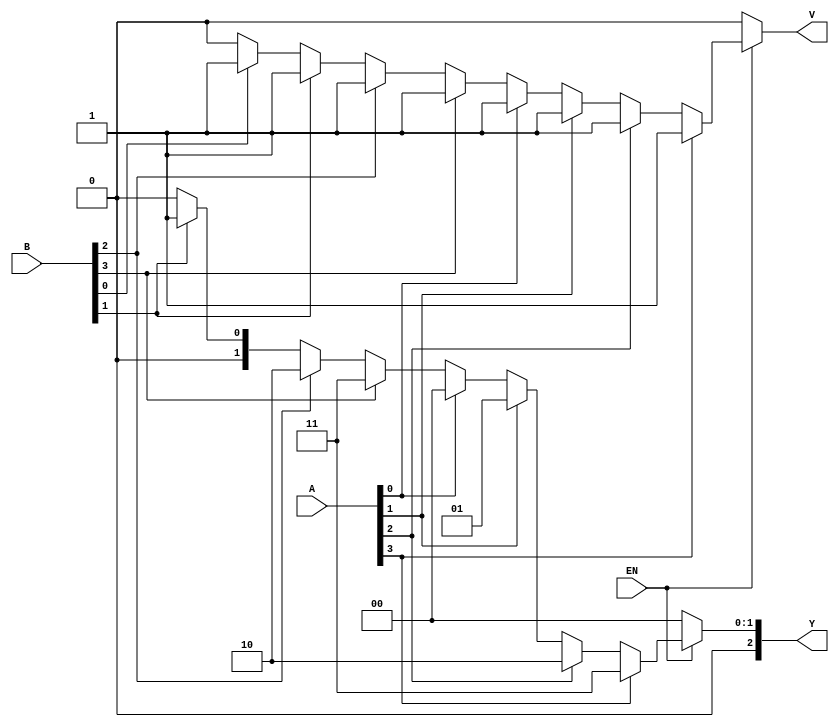
module dual_priority_encoder (
    input [3:0] A,     // Group A inputs
    input [3:0] B,     // Group B inputs
    input EN,          // Enable signal
    output reg [2:0] Y, // 3-bit binary output
    output reg V       // Valid signal
);

always @(*) begin
    // Initialize outputs
    Y = 3'b000; // Default output
    V = 1'b0;   // Default valid signal

    if (EN) begin
        // Check Group A inputs first
        if (A[3]) begin
            Y = 3'b011; // A3 is active
            V = 1'b1;
        end else if (A[2]) begin
            Y = 3'b010; // A2 is active
            V = 1'b1;
        end else if (A[1]) begin
            Y = 3'b001; // A1 is active
            V = 1'b1;
        end else if (A[0]) begin
            Y = 3'b000; // A0 is active
            V = 1'b1;
        end else begin
            // Check Group B inputs if no Group A inputs are active
            if (B[3]) begin
                Y = 3'b011; // B3 is active
                V = 1'b1;
            end else if (B[2]) begin
                Y = 3'b010; // B2 is active
                V = 1'b1;
            end else if (B[1]) begin
                Y = 3'b001; // B1 is active
                V = 1'b1;
            end else if (B[0]) begin
                Y = 3'b000; // B0 is active
                V = 1'b1;
            end
        end
    end
end

endmodule